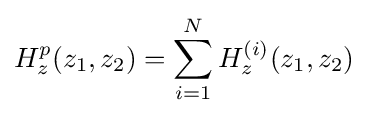
H_{z}^{p}(z_{1},z_{2})=\sum _{i=1}^{N}H_{z}^{(i)}(z_{1},z_{2})